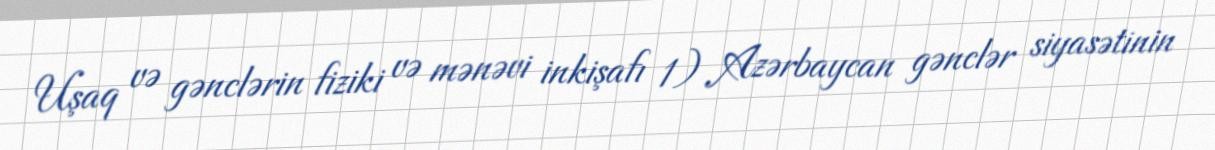
Uşaq və gənclərin fiziki və mənəvi inkişafı 1) Azərbaycan gənclər siyasətinin